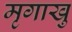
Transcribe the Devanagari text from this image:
मृगाखु